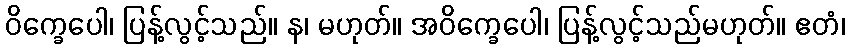
ဝိက္ခေပေါ၊ ပြန့်လွင့်သည်။ န၊ မဟုတ်။ အဝိက္ခေပေါ၊ ပြန့်လွင့်သည်မဟုတ်။ ဧတံ၊